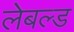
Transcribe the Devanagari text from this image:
लेबल्ड